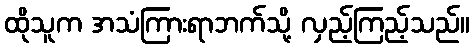
ထိုသူက အသံကြားရာဘက်သို့ လှည့်ကြည့်သည်။